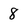
Character: 8